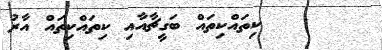
٢٥      ކިތައްކިތައް ބަގީޗާއާއި ކިތައްކިތައް އާރު